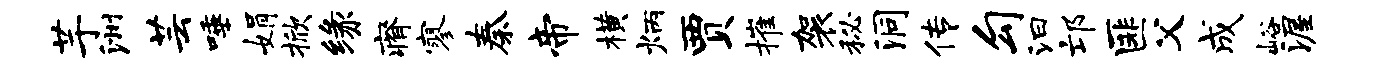
芋洲芸唾娟掀缘瘠寥秦帝横炳贾摧袈秘洞传勾汩邙匪父成峪渥